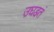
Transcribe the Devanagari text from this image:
उघडतं